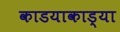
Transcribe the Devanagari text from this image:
काडयाकाड्या